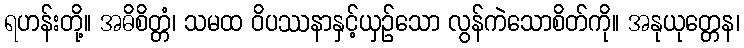
ရဟန်းတို့။ အဓိစိတ္တံ၊ သမထ ဝိပဿနာနှင့်ယှဉ်သော လွန်ကဲသောစိတ်ကို။ အနုယုတ္တေန၊